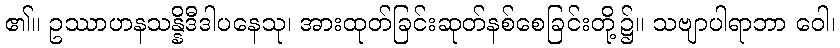
၏။ ဥဿာဟနသန္နိဒီဒါပနေသု၊ အားထုတ်ခြင်းဆုတ်နစ်စေခြင်းတို့၌။ သဗျာပါရာဘာ ဝေါ၊